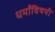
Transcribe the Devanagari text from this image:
धर्मांविषयी